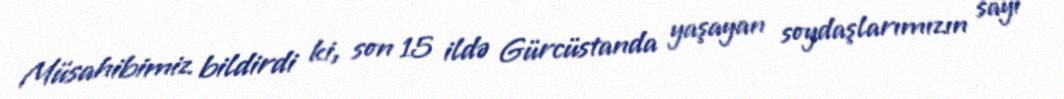
Müsahibimiz bildirdi ki, son 15 ildə Gürcüstanda yaşayan soydaşlarımızın sayı